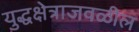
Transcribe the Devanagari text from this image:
युद्धक्षेत्राजवळील